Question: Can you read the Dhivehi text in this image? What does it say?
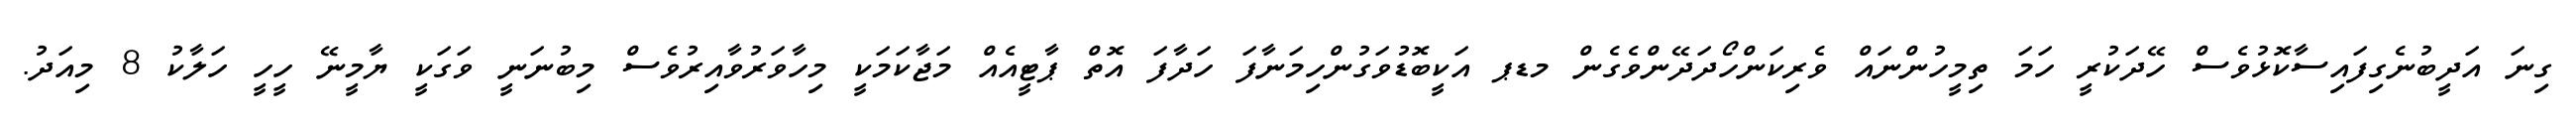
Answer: ގިނަ އަދީބުނެގިފައިސާކޮޅުވެސް ހޭދަކުރީ ހަމަ ތިމީހުންނައް ވެރިކަންހޯދަދޭންވެގެން މޑޕ އަކީބޮޑުވަގުންހިމަނާފަ ހަދާފަ އޮތް ޕާޓީއެއް މަޖާކަމަކީ މިހާވަރުވާއިރުވެސް މިބުނަނީ ވަގަކީ ޔާމީނޭ ހީހީ ހަލާކު 8 މިއަދު.